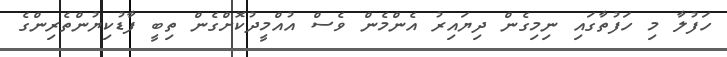
ހަފުލާ މި ހަފުތާގައި ނިމިގެން ދިޔައިރު އެންމެން ވެސް އުއްމީދުކޮށްގެން ތިބީ ފާޑުކިޔުންތެރިންގެ